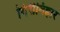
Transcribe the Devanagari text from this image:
गिरीविहार